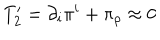
T _ { 2 } ^ { \prime } = \partial _ { i } \pi ^ { i } + \pi _ { \rho } \approx 0